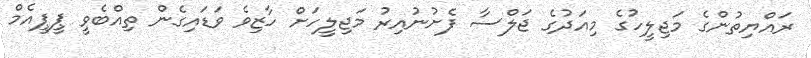
ރައްޔިތުންގެ މަޖިލީހުގެ މިއަދުގެ ޖަލްސާ ފެށުނުއިރު މަޖިލީހަށް ހާޒިވެ ވަޑައިގެން ތިއްބެވީ ޕީޕީއެމް